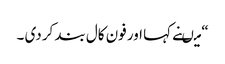
“ میںنے کہا اور فون کال بند کر دی ۔